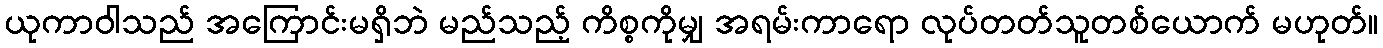
ယုကာဝါသည် အကြောင်းမရှိဘဲ မည်သည့် ကိစ္စကိုမျှ အရမ်းကာရော လုပ်တတ်သူတစ်ယောက် မဟုတ်။